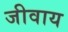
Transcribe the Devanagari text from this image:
जीवाय